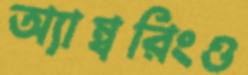
অ্যাম্বরিংও